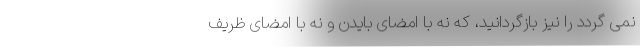
نمی گردد را نیز بازگردانید، که نه با امضای بایدن و نه با امضای ظریف